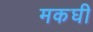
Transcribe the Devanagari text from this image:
मकघी